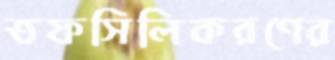
তফসিলিকরণের